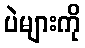
ပဲများကို